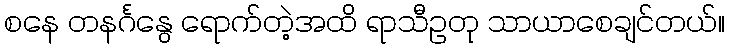
စနေ တနင်္ဂနွေ ရောက်တဲ့အထိ ရာသီဥတု သာယာစေချင်တယ်။